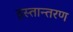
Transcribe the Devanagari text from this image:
हस्‍तान्‍तरण